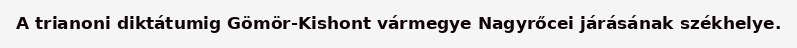
A trianoni diktátumig Gömör-Kishont vármegye Nagyrőcei járásának székhelye.